Scientific memoirs by medical officers of the Army of India - Part X,
Year: 1897
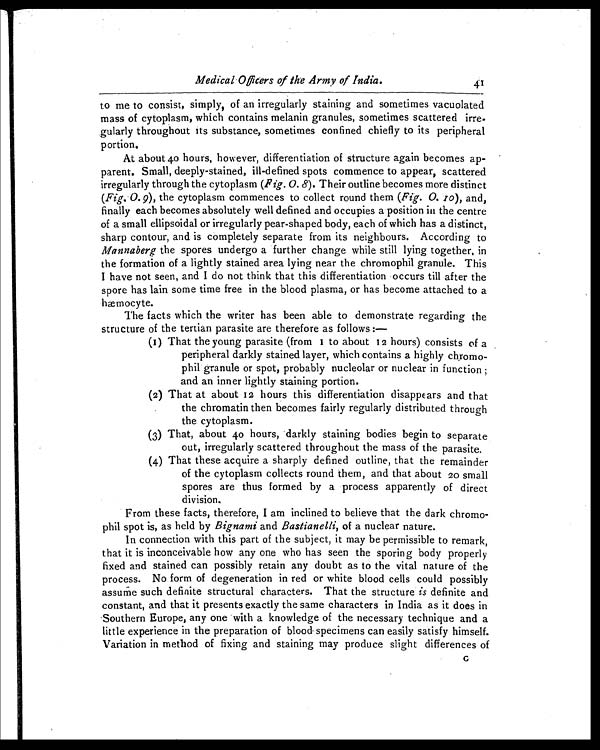
Medical Officers of the Army of India.
41
to me to consist, simply, of an irregularly staining and sometimes vacuolated
mass of cytoplasm, which contains melanin granules, sometimes scattered irre-
gularly throughout its substance, sometimes confined chiefly to its peripheral
portion.
At about 40 hours, however, differentiation of structure again becomes ap-
parent. Small, deeply-stained, ill-defined spots commence to appear, scattered
irregularly through the cytoplasm (Fig. 0. 8). Their outline becomes more distinct
(Fig. 0. 9), the cytoplasm commences to collect round them ( Fig. 0. 10 ), and,
finally each becomes absolutely well defined and occupies a position in the centre
of a small ellipsoidal or irregularly pear-shaped body, each of which has a distinct,
sharp contour, and is completely separate from its neighbours. According to
Mannaberg the spores undergo a further change while still lying together, in
the formation of a lightly stained area lying near the chromophil granule. This
I have not seen, and I do not think that this differentiation occurs till after the
spore has lain some time free in the blood plasma, or has become attached to a
hæmocyte.
The facts which the writer has been able to demonstrate regarding the
structure of the tertian parasite are therefore as follows :-
(1) That the young parasite (from 1 to about 12 hours) consists of a
peripheral darkly stained layer, which contains a highly chromo-
phil granule or spot, probably nucleolar or nuclear in function ;
and an inner lightly staining portion.
(2) That at about 12 hours this differentiation disappears and that
the chromatin then becomes fairly regularly distributed through
the cytoplasm.
(3) That, about 40 hours, darkly staining bodies begin to separate
out, irregularly scattered throughout the mass of the parasite.
(4) That these acquire a sharply defined outline, that the remainder
of the cytoplasm collects round them, and that about 20 small
spores are thus formed by a process apparently of direct
division.
From these facts, therefore, I am inclined to believe that the dark chromo-
phil spot is, as held by Bignami and Bastianelli, of a nuclear nature.
In connection with this part of the subject, it may be permissible to remark,
that it is inconceivable how any one who has seen the sporing body properly
fixed and stained can possibly retain any doubt as to the vital nature of the
process. No form of degeneration in red or white blood cells could possibly
assume such definite structural characters. That the structure is definite and
constant, and that it presents exactly the same characters in India as it does in
Southern Europe, any one with a knowledge of the necessary technique and a
little experience in the preparation of blood specimens can easily satisfy himself.
Variation in method of fixing and staining may produce slight differences of G